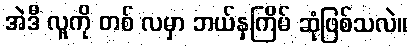
အဲဒီ လူကို တစ် လမှာ ဘယ်နှကြိမ် ဆုံဖြစ်သလဲ။